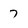
Character: 7